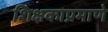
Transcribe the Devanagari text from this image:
शिक्षकाप्रमाणे